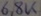
Text: 6,8K